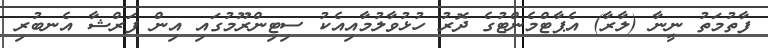
ފާތުމަތު ނީނާ (ލާރާ) އެޕާޓްމެންޓުގެ ދޮރު ހުޅުވާލުމާއިއެކު ސިޓިންރޫމުގައި އިން ފަރްޝާ އެނބުރި